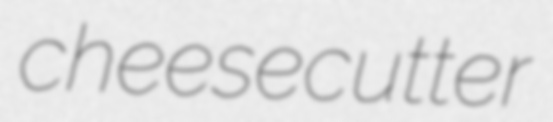
cheesecutter